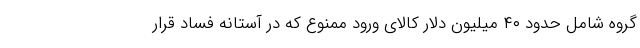
گروه شامل حدود ۴۰ میلیون دلار کالای ورود ممنوع که در آستانه فساد قرار